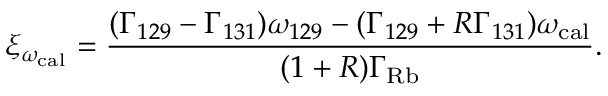
\xi _ { \omega _ { \mathrm { c a l } } } = \frac { ( \Gamma _ { 1 2 9 } - \Gamma _ { 1 3 1 } ) \omega _ { 1 2 9 } - ( \Gamma _ { 1 2 9 } + R \Gamma _ { 1 3 1 } ) \omega _ { \mathrm { c a l } } } { ( 1 + R ) \Gamma _ { \mathrm { R b } } } .